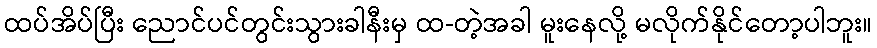
ထပ်အိပ်ပြီး ညောင်ပင်တွင်းသွားခါနီးမှ ထ-တဲ့အခါ မူးနေလို့ မလိုက်နိုင်တော့ပါဘူး။